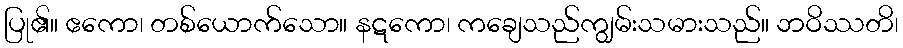
ပြု၏။ ဧကော၊ တစ်ယောက်သော။ နဋကော၊ ကချေသည်ကျွမ်းသမားသည်။ ဘဝိဿတိ၊